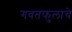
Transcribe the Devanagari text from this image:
गवतफुलाचे